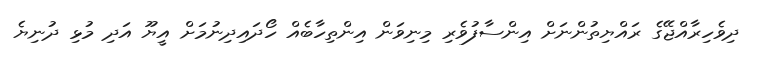
ދިވެހިރާއްޖޭގެ ރައްޔިތުންނަށް އިންސާފުވެރި މިނިވަން އިންތިހާބެއް ހޯދައިދިނުމަށް އީޔޫ އަދި މުޅި ދުނިޔެ